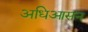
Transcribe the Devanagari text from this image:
अधिआसन